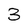
Character: 3